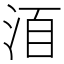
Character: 𣴨